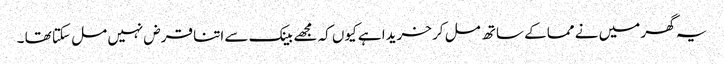
یہ گھر میں نے مما کے ساتھ مل کر خریدا ہے کیوں کہ مجھے بینک سے اتنا قرض نہیں مل سکتا تھا ۔